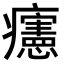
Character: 𤼂